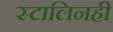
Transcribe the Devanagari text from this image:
स्टालिनही